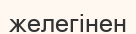
желегінен